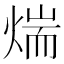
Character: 煓